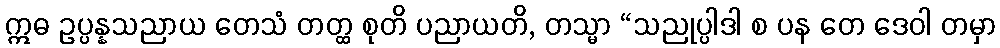
ဣဓ ဥပ္ပန္နသညာယ တေသံ တတ္ထ စုတိ ပညာယတိ, တသ္မာ “သညုပ္ပါဒါ စ ပန တေ ဒေဝါ တမှာ